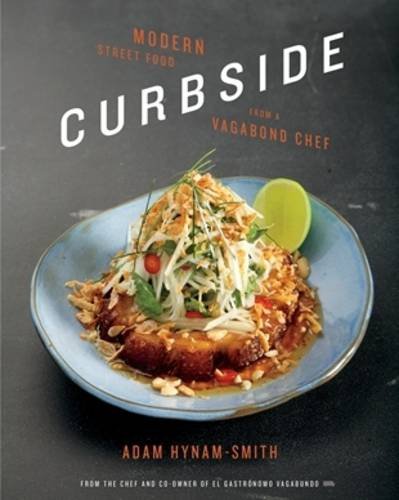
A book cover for Curbside: Modern Street Food from a Vagabond Chef; Adam Hynam-Smith; Cookbooks, Food & Wine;